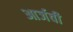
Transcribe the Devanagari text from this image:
आर्जवी